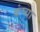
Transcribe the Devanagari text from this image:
कंप्या